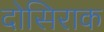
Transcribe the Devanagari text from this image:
दोसिराक